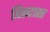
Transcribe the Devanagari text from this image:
विस्टास